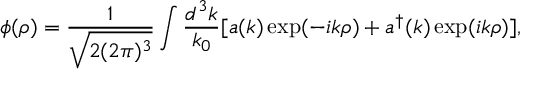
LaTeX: \phi ( \rho ) = \frac { 1 } { \sqrt { 2 ( 2 \pi ) ^ { 3 } } } \int \frac { d ^ { 3 } k } { k _ { 0 } } [ a ( k ) \exp ( - i k \rho ) + a ^ { \dagger } ( k ) \exp ( i k \rho ) ] ,